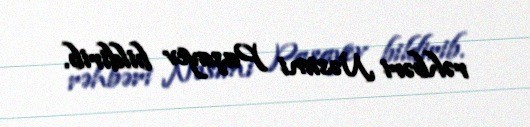
rəhbəri Nəsimi Paşayev bildirib.